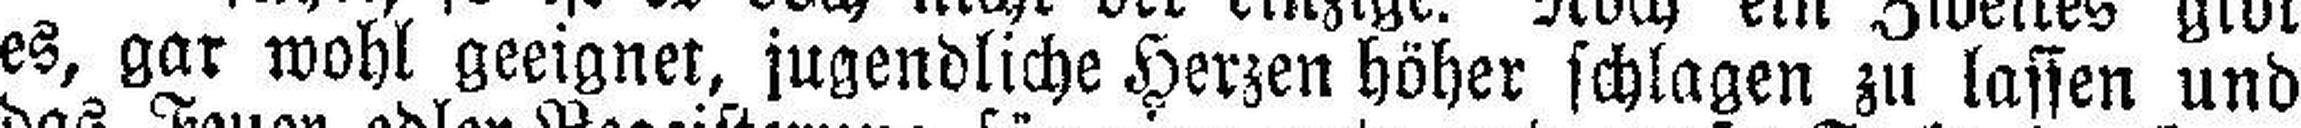
es, gar wohl geeignet, jugendliche Herzen höher schlagen zu lassen und